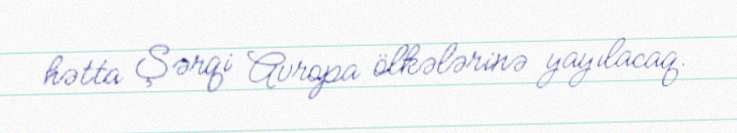
hətta Şərqi Avropa ölkələrinə yayılacaq.